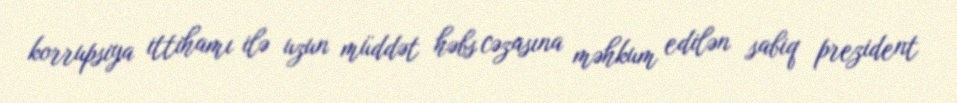
korrupsiya ittihamı ilə uzun müddət həbs cəzasına məhkum edilən sabiq prezident